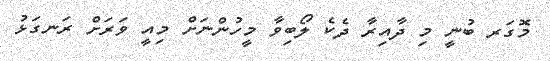
މޮގަރ ބުނީ މި ދާއިރާ ދެކެ ލޯބިވާ މީހުންނަށް މިއީ ވަރަށް ރަނގަޅު